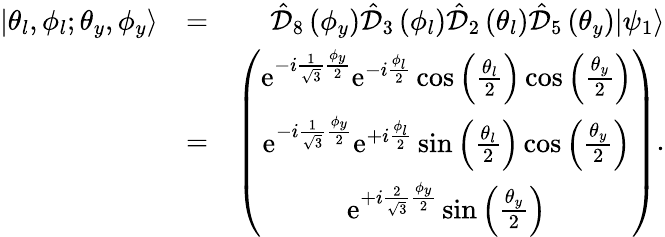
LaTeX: \begin{array}{rlr}{|\theta_{l},\phi_{l};\theta_{y},\phi_{y}\rangle}&{=}&{\hat{\mathcal D}_{8}\left(\phi_{y}\right)\hat{\mathcal D}_{3}\left(\phi_{l}\right)\hat{\mathcal D}_{2}\left(\theta_{l}\right)\hat{\mathcal D}_{5}\left(\theta_{y}\right)|\psi_{1}\rangle}\\ &{=}&{\left(\begin{array}{c}{\mathrm{e}^{-i\frac{1}{\sqrt{3}}\frac{\phi_{y}}{2}}\mathrm{e}^{-i\frac{\phi_{l}}{2}}\cos\left(\frac{\theta_{l}}{2}\right)\cos\left(\frac{\theta_{y}}{2}\right)}\\ {\mathrm{e}^{-i\frac{1}{\sqrt{3}}\frac{\phi_{y}}{2}}\mathrm{e}^{+i\frac{\phi_{l}}{2}}\sin\left(\frac{\theta_{l}}{2}\right)\cos\left(\frac{\theta_{y}}{2}\right)}\\ {\mathrm{e}^{+i\frac{2}{\sqrt{3}}\frac{\phi_{y}}{2}}\sin\left(\frac{\theta_{y}}{2}\right)}\end{array}\right).}\end{array}